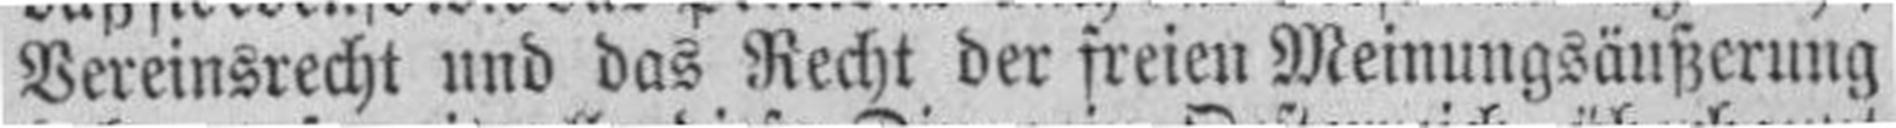
Vereinsrecht und das Recht der freien Meinungsäußerung